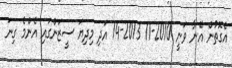
އެގޮތުން އޭނާ ވަނީ 2010-11 2013-14 އަދި މިދިޔަ ސީޒަންގައި އެންމެ ގިނަ